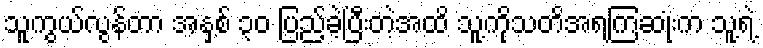
သူကွယ်လွန်တာ အနှစ် ၃၀ ပြည့်ခဲ့ပြီးတဲ့အထိ သူ့ကိုသတိအရကြဆုံးက သူ့ရဲ့